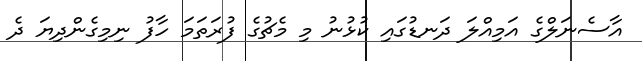
އާސެނަލްގެ އަމިއްލަ ދަނޑުގައި ކުޅުނު މި މެޗުގެ ފުރަތަމަ ހާފު ނިމިގެންދިޔަ ދެ